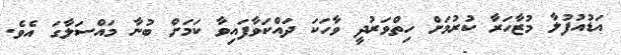
އަޑުއުފުލާ މުޒާހަރާ ކުރުމަށް ހިތްވަރުދީ ވާހަަކަ ދައްކަވާފައިވާ ކަމަށް ބުނާ މައްސަލާގަ އެވެ.